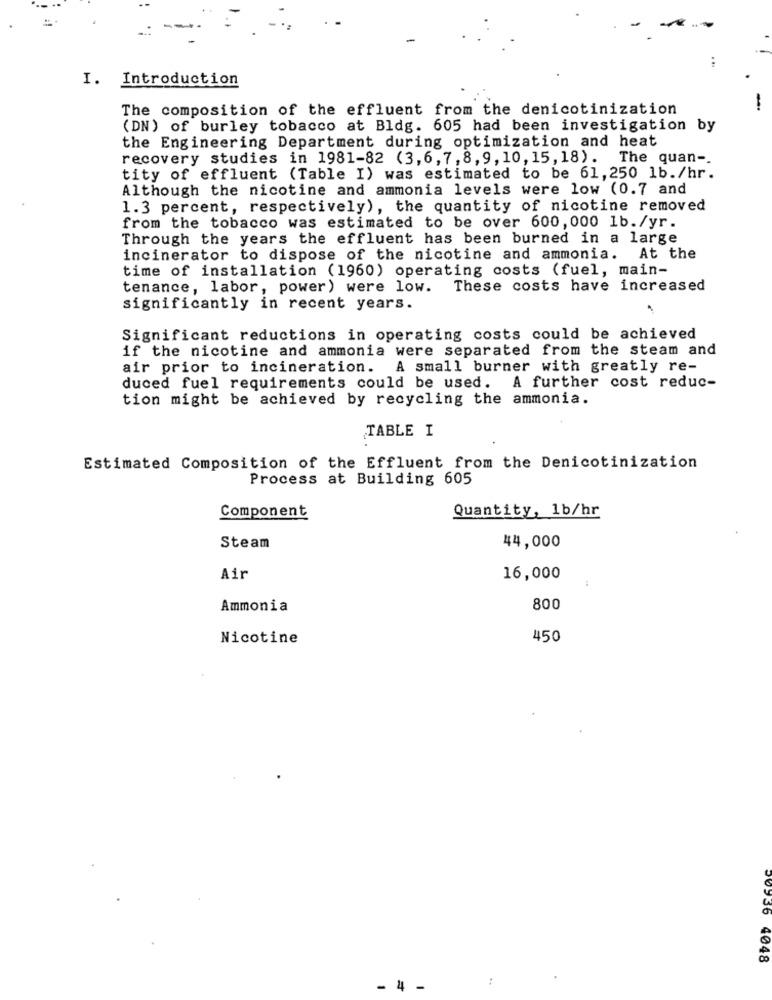
I. Introduction
The composition of the effluent from the denicotinization
-
(DN) of burley tobacco at Bldg. 605 had been investigation by
the Engineering Department during optimization and heat
recovery studies in 1981-82 (3,6, 7, 8, 9, 10, 15, 18).
The quan -.
tity of effluent (Table I) was estimated to be 61,250 1b./hr.
Although the nicotine and ammonia levels were low (0.7 and
1.3 percent, respectively), the quantity of nicotine removed
from the tobacco was estimated to be over 600, 000 1b./yr.
Through the years the effluent has been burned in a large
incinerator to dispose of the nicotine and ammonia.
At the
time of installation (1960) operating costs (fuel, main-
tenance, labor, power) were low.
These costs have increased
significantly in recent years.
Significant reductions in operating costs could be achieved
if the nicotine and ammonia were separated from the steam and
air prior to incineration.
A small burner with greatly re-
duced fuel requirements could be used. A further cost reduc-
tion might be achieved by recycling the ammonia.
TABLE I
Estimated Composition of the Effluent from the Denicotinization
Process at Building 605
Quantity, 1b/hr
Component
44,000
Steam
Air
16,000
Ammonia
800
Nicotine
450
00336 4048
- 4 -